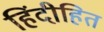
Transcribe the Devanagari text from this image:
हिंदीहित